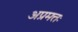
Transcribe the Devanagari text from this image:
अप्रमत्तः